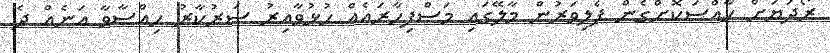
ރޯދަޔަށް ހާއްސަކޮށްގެން ފެލިވަރުން މާލޭގައި މަސްފިހާރައެއް ހުޅުވާއިރު ސަރުކާރު ހިއްސާވާ އަނެއް ދެ